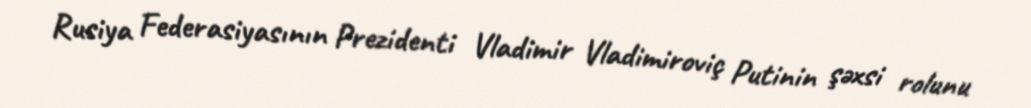
Rusiya Federasiyasının Prezidenti Vladimir Vladimiroviç Putinin şəxsi rolunu